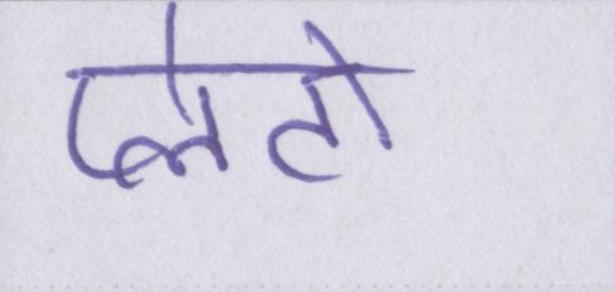
प्लेटो